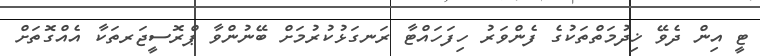
ޓީ އިން ދެވޭ ޚިދުމަތްތަކުގެ ފެންވަރު ހިފަހައްޓާ ރަނގަޅުކުރުމަށް ބޭނުންވާ ޕްރޮސީޖަރތަކާ އެއްގޮތަށް